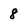
Character: 8